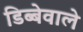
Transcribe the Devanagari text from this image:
डिब्बेवाले